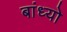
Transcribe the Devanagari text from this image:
बांध्‍यो